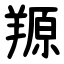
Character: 羱